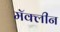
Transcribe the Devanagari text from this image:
मॅक्लीन